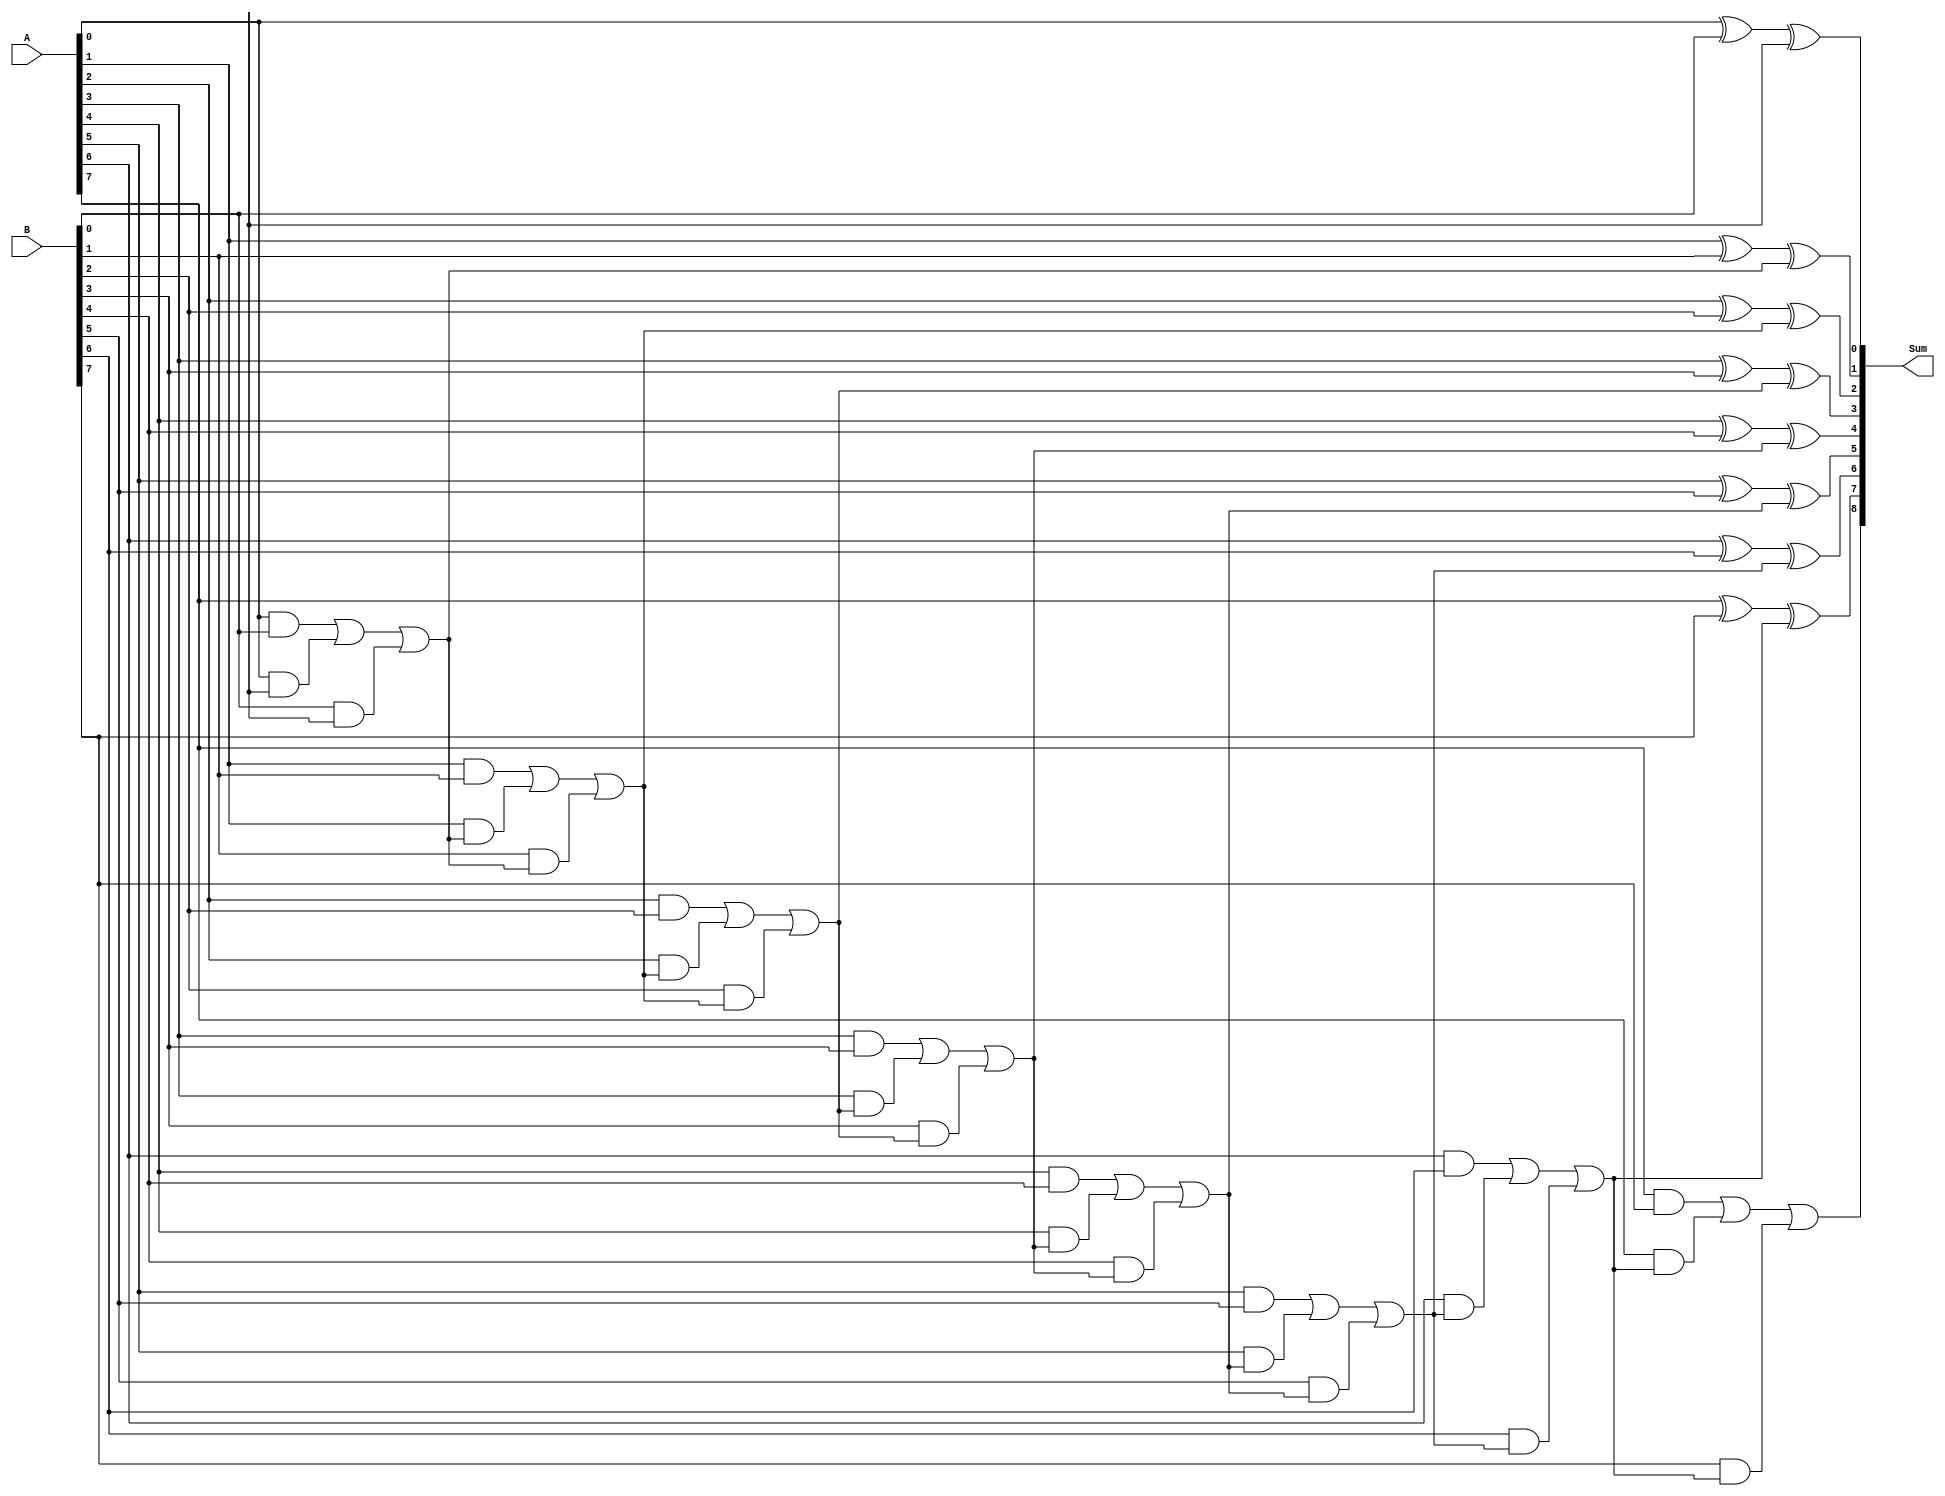
module ripple_carry_adder(
    input [7:0] A,
    input [7:0] B,
    output reg [8:0] Sum
);

reg [8:0] Carry;

assign Sum[0] = A[0] ^ B[0] ^ Carry[0];
assign Carry[1] = (A[0] & B[0]) | (A[0] & Carry[0]) | (B[0] & Carry[0]);

genvar i;
generate
    for(i = 1; i < 8; i = i + 1) begin : adder_loop
        assign Sum[i] = A[i] ^ B[i] ^ Carry[i];
        assign Carry[i+1] = (A[i] & B[i]) | (A[i] & Carry[i]) | (B[i] & Carry[i]);
    end
endgenerate

assign Sum[8] = Carry[8];

endmodule